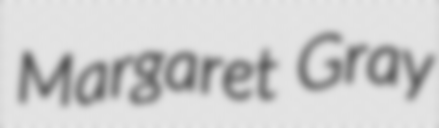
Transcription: Margaret Gray